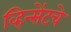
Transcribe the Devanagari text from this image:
व्हिन्सेंटचे